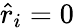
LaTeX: \hat{r}_{i}=0